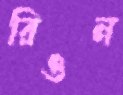
রিওন